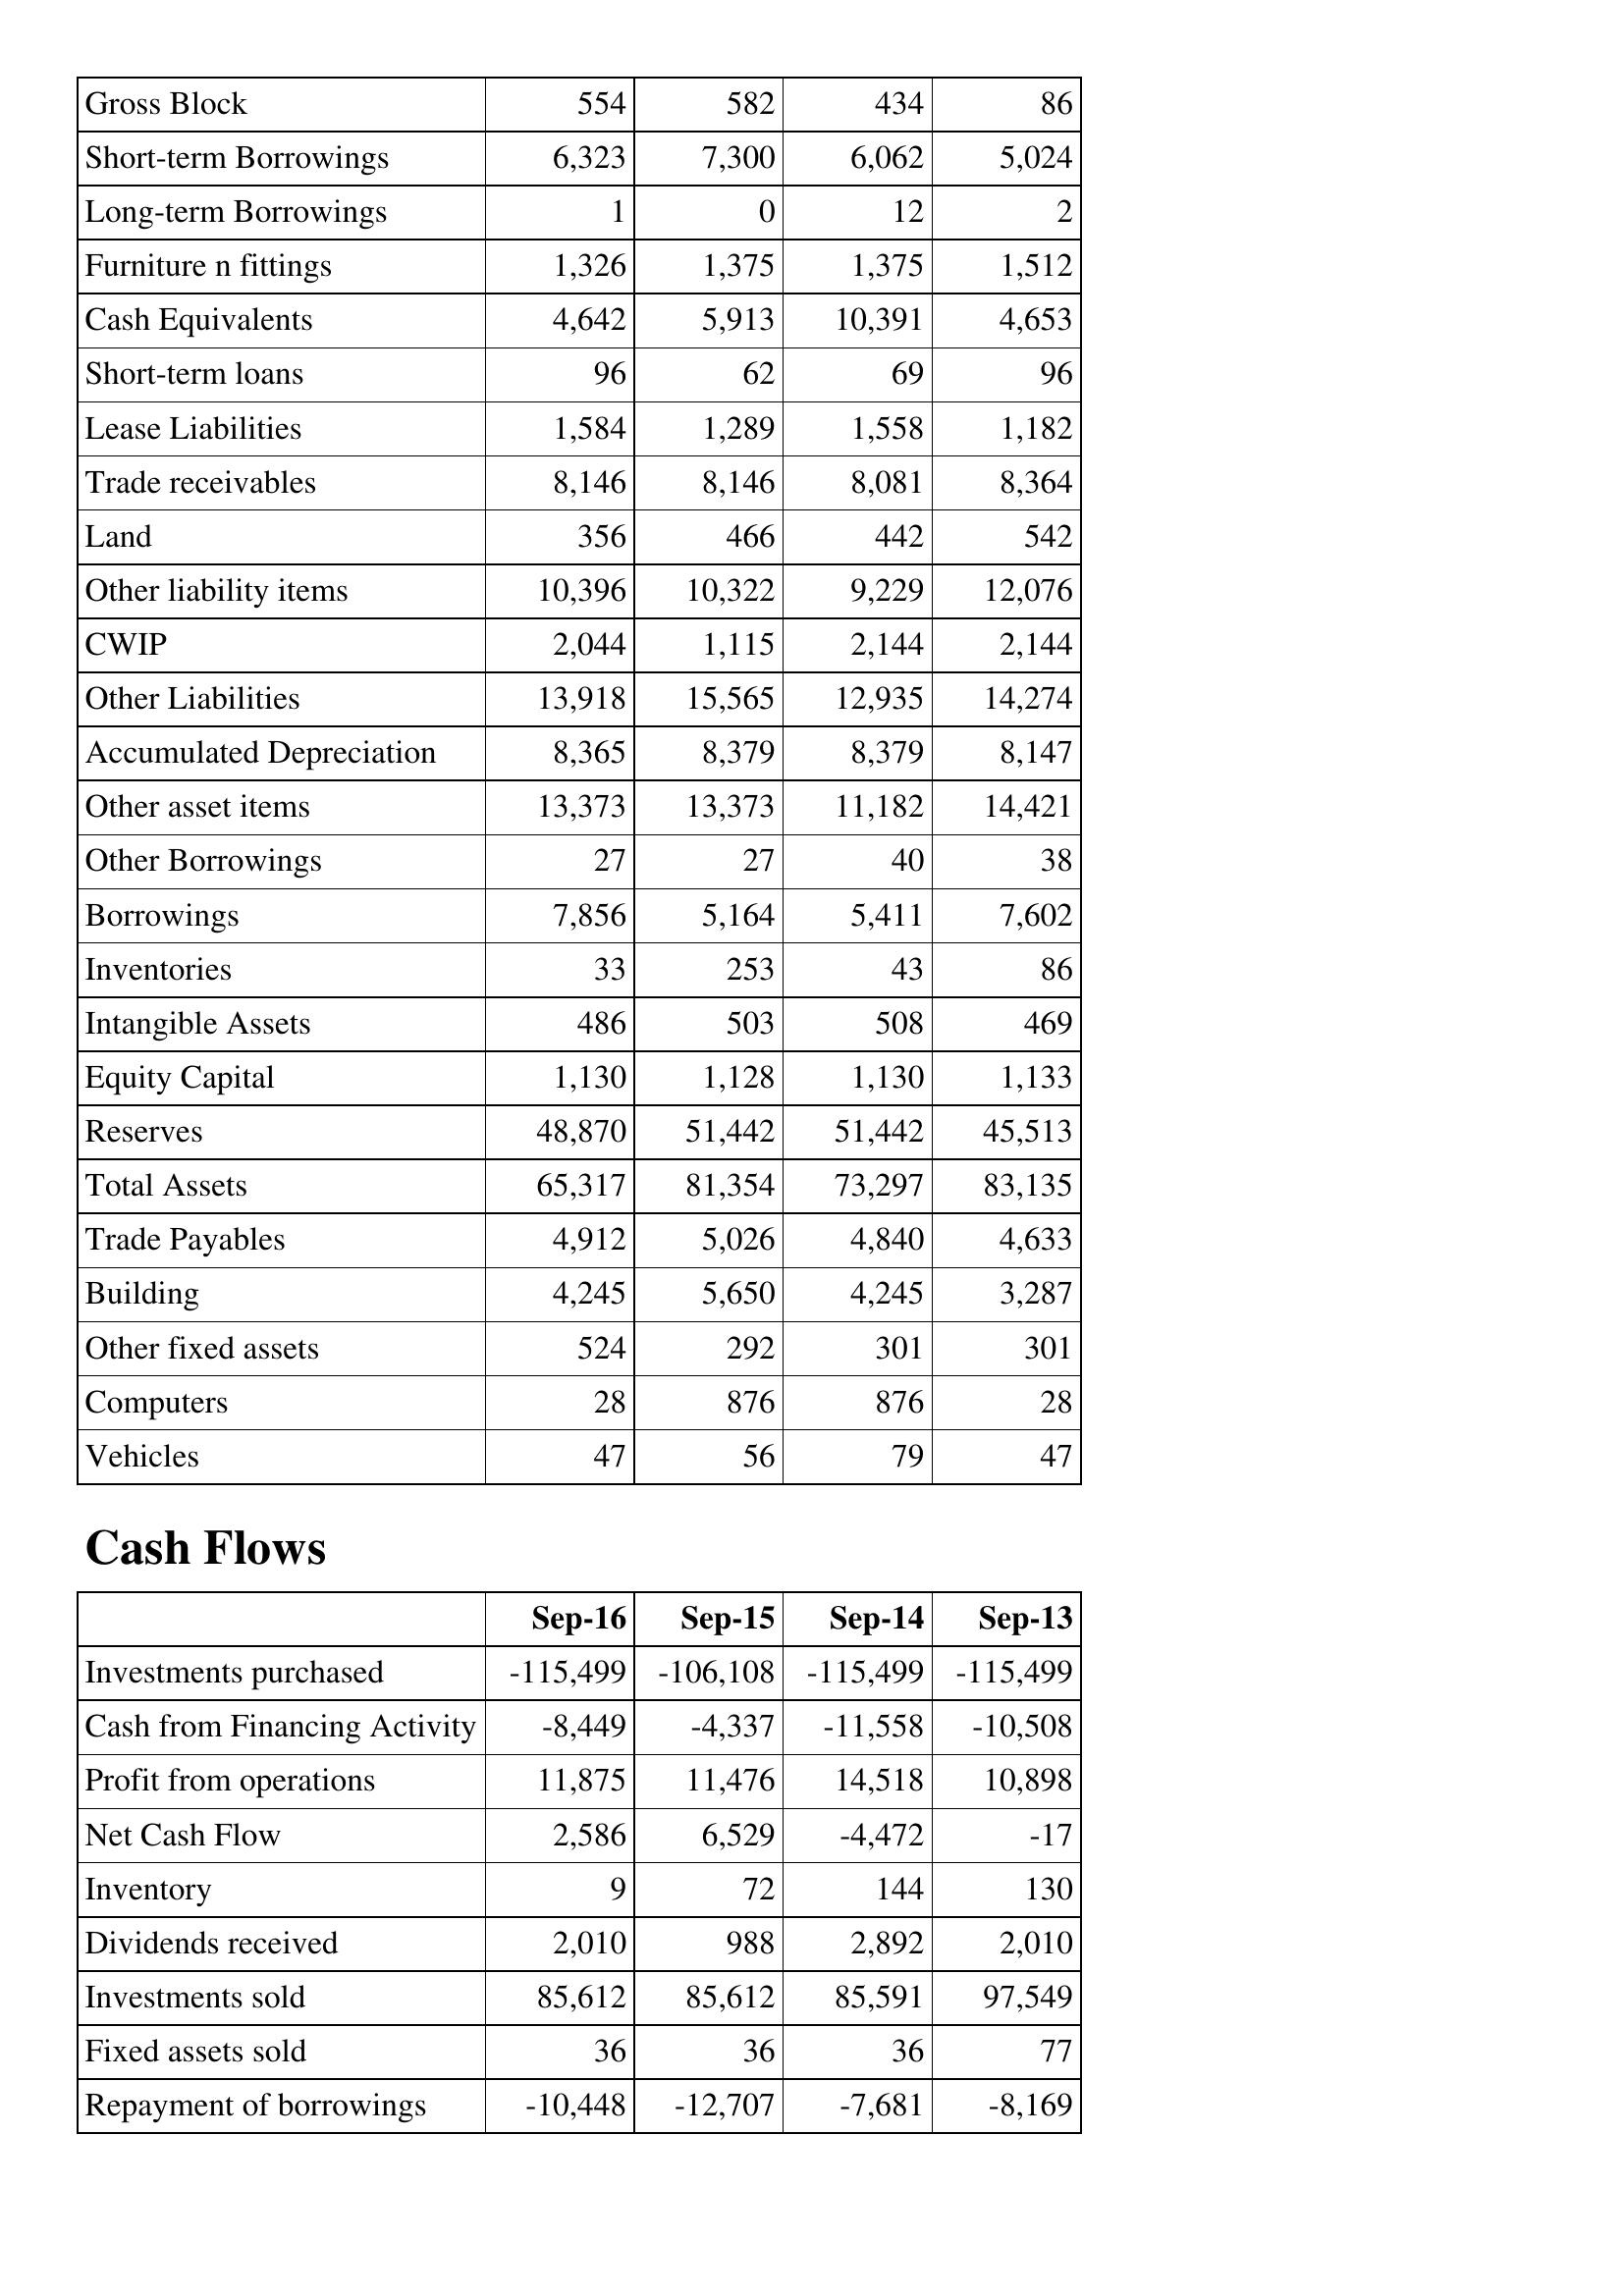
Sep-16: Balance Sheet: Gross Block: 554
Short-term Borrowings: 6,323
Long-term Borrowings: 1
Furniture n fittings: 1,326
Cash Equivalents: 4,642
Short-term loans: 96
Lease Liabilities: 1,584
Trade receivables: 8,146
Land: 356
Other liability items: 10,396
CWIP: 2,044
Other Liabilities: 13,918
Accumulated Depreciation: 8,365
Other asset items: 13,373
Other Borrowings: 27
Borrowings: 7,856
Inventories: 33
Intangible Assets: 486
Equity Capital: 1,130
Reserves: 48,870
Total Assets: 65,317
Trade Payables: 4,912
Building: 4,245
Other fixed assets: 524
Computers: 28
Vehicles: 47
Cash Flows: Investments purchased: -115,499
Cash from Financing Activity: -8,449
Profit from operations: 11,875
Net Cash Flow: 2,586
Inventory: 9
Dividends received: 2,010
Investments sold: 85,612
Fixed assets sold: 36
Repayment of borrowings: -10,448
Sep-15: Balance Sheet: Gross Block: 582
Short-term Borrowings: 7,300
Long-term Borrowings: 0
Furniture n fittings: 1,375
Cash Equivalents: 5,913
Short-term loans: 62
Lease Liabilities: 1,289
Trade receivables: 8,146
Land: 466
Other liability items: 10,322
CWIP: 1,115
Other Liabilities: 15,565
Accumulated Depreciation: 8,379
Other asset items: 13,373
Other Borrowings: 27
Borrowings: 5,164
Inventories: 253
Intangible Assets: 503
Equity Capital: 1,128
Reserves: 51,442
Total Assets: 81,354
Trade Payables: 5,026
Building: 5,650
Other fixed assets: 292
Computers: 876
Vehicles: 56
Cash Flows: Investments purchased: -106,108
Cash from Financing Activity: -4,337
Profit from operations: 11,476
Net Cash Flow: 6,529
Inventory: 72
Dividends received: 988
Investments sold: 85,612
Fixed assets sold: 36
Repayment of borrowings: -12,707
Sep-14: Balance Sheet: Gross Block: 434
Short-term Borrowings: 6,062
Long-term Borrowings: 12
Furniture n fittings: 1,375
Cash Equivalents: 10,391
Short-term loans: 69
Lease Liabilities: 1,558
Trade receivables: 8,081
Land: 442
Other liability items: 9,229
CWIP: 2,144
Other Liabilities: 12,935
Accumulated Depreciation: 8,379
Other asset items: 11,182
Other Borrowings: 40
Borrowings: 5,411
Inventories: 43
Intangible Assets: 508
Equity Capital: 1,130
Reserves: 51,442
Total Assets: 73,297
Trade Payables: 4,840
Building: 4,245
Other fixed assets: 301
Computers: 876
Vehicles: 79
Cash Flows: Investments purchased: -115,499
Cash from Financing Activity: -11,558
Profit from operations: 14,518
Net Cash Flow: -4,472
Inventory: 144
Dividends received: 2,892
Investments sold: 85,591
Fixed assets sold: 36
Repayment of borrowings: -7,681
Sep-13: Balance Sheet: Gross Block: 86
Short-term Borrowings: 5,024
Long-term Borrowings: 2
Furniture n fittings: 1,512
Cash Equivalents: 4,653
Short-term loans: 96
Lease Liabilities: 1,182
Trade receivables: 8,364
Land: 542
Other liability items: 12,076
CWIP: 2,144
Other Liabilities: 14,274
Accumulated Depreciation: 8,147
Other asset items: 14,421
Other Borrowings: 38
Borrowings: 7,602
Inventories: 86
Intangible Assets: 469
Equity Capital: 1,133
Reserves: 45,513
Total Assets: 83,135
Trade Payables: 4,633
Building: 3,287
Other fixed assets: 301
Computers: 28
Vehicles: 47
Cash Flows: Investments purchased: -115,499
Cash from Financing Activity: -10,508
Profit from operations: 10,898
Net Cash Flow: -17
Inventory: 130
Dividends received: 2,010
Investments sold: 97,549
Fixed assets sold: 77
Repayment of borrowings: -8,169